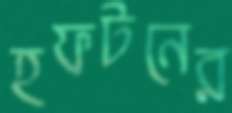
হফটনের